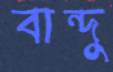
বান্দু